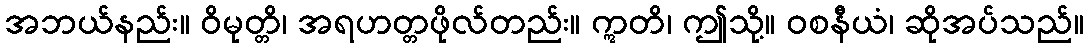
အဘယ်နည်း။ ဝိမုတ္တိ၊ အရဟတ္တဖိုလ်တည်း။ ဣတိ၊ ဤသို့။ ဝစနီယံ၊ ဆိုအပ်သည်။